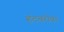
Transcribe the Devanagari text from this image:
हंटबरोबर